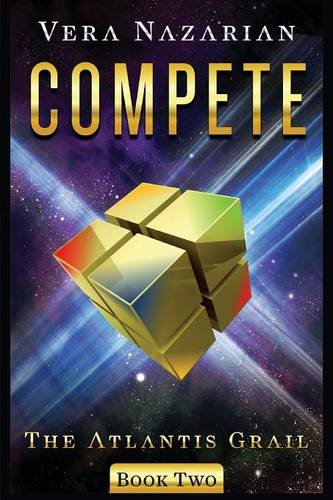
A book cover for Compete; Vera Nazarian; Romance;